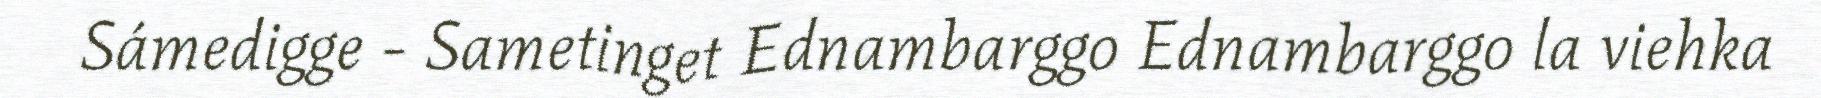
Sámedigge - Sametinget Ednambarggo Ednambarggo la viehka